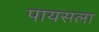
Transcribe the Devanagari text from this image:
पायसला